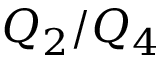
Q _ { 2 } / Q _ { 4 }